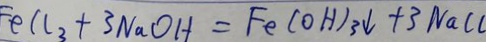
F e l l _ { 3 } + 3 N a O H = F e ( O H ) _ { 3 } \downarrow + 3 N a C l